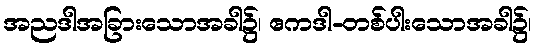
အညဒါအခြားသောအခါ၌၊ ဧကဒါ-တစ်ပါးသောအခါ၌၊